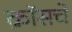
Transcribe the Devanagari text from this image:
क्रॉसचे